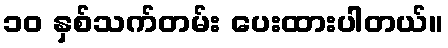
၁၀ နှစ်သက်တမ်း ပေးထားပါတယ်။